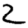
Digit: 2